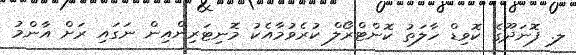
ލ. ފޮނަދޫގެ ކޮވިޑް ހާލަތު ކޮންޓްރޯލް ކުރެވުމާއެކު މޮނިޓަރިންއިން ނަގައި ރަށް އާންމު